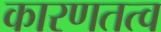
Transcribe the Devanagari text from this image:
कारणतत्व